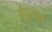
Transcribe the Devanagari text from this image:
ईपुस्तकं